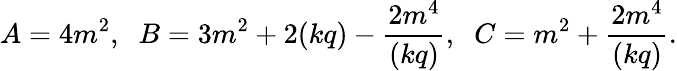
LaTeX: A=4m^{2},\; \; B=3m^{2}+2(kq)-{\frac{2m^{4}}{(kq)}},\; \; C=m^{2}+{\frac{2m^{4}}{(kq)}}.